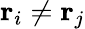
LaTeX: {\mathbf r}_{i}\neq{\mathbf r}_{j}